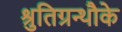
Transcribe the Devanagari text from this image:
श्रुतिग्रन्थौके